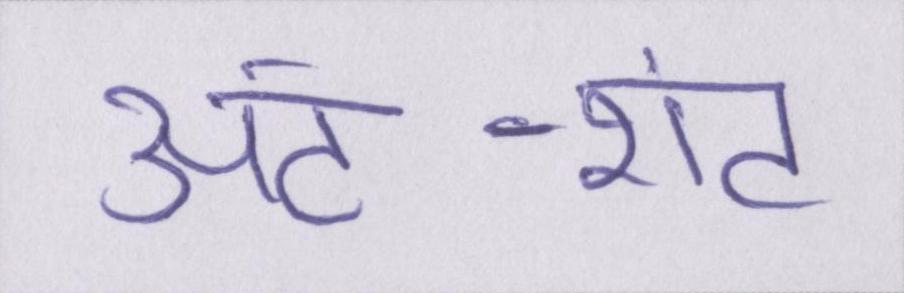
अंट-शंट